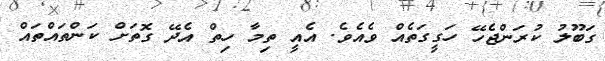
ގަބޫލު ކުރަންޖެހޭ ހަގީގަތެއް ވެއެވެ. އެއީ ތިމާ ހިތް އެދޭ ގޮތަށް ކަންތައްތައް